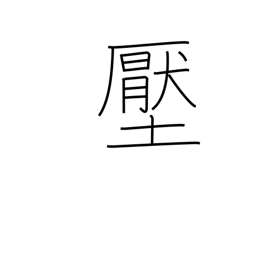
Meaning: pressure